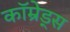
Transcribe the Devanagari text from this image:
कॉम्रेड्स